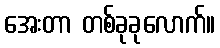
အေးတာ တစ်ခုခုလောက်။